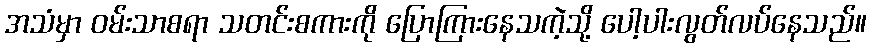
အသံမှာ ဝမ်းသာစရာ သတင်းစကားကို ပြောကြားနေသကဲ့သို့ ပေါ့ပါးလွတ်လပ်နေသည်။